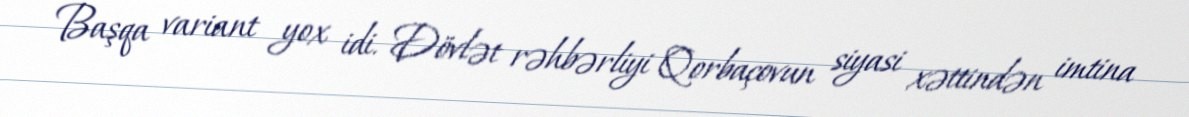
Başqa variant yox idi. Dövlət rəhbərliyi Qorbaçovun siyasi xəttindən imtina